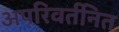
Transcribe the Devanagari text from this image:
अपरिवर्तनित